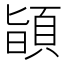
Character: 𩒨